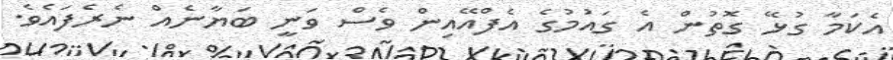
އެކަމާ ގުޅޭ ގޮތުން އެ ގައުމުގެ އެފްއޭއިން ވެސް ވަނީ ބަޔާނެއް ނެރެފައެވެ.